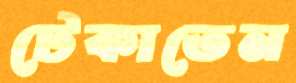
টেকাতেন